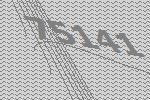
75141